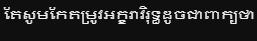
តែសូមកែតម្រូវអក្ខរាវិរុទ្ធដូចជាពាក្យថា